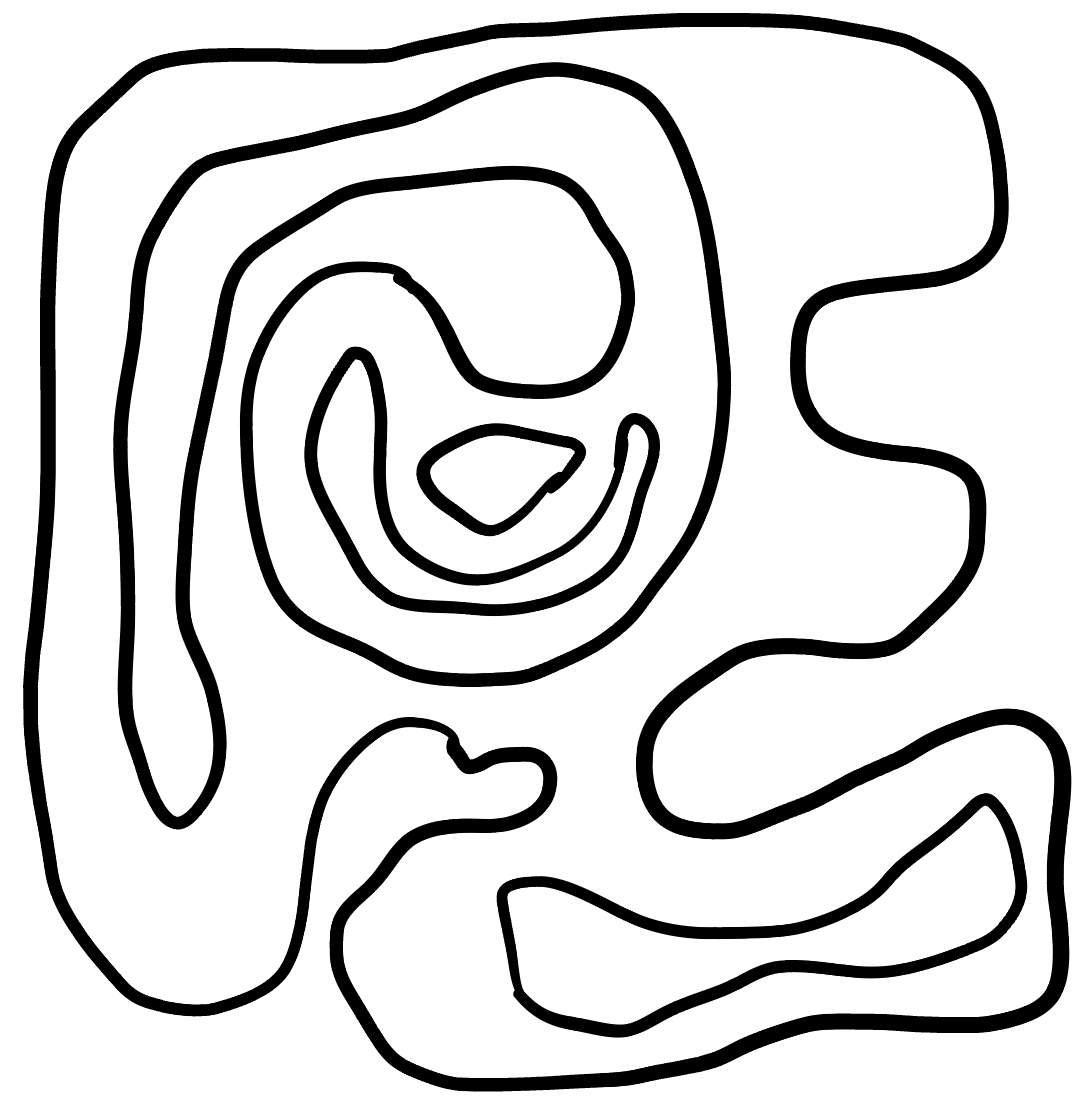
Number of regions (including the outer root region): 6
Containment tree edges (parent, child): 0, 1, 1, 2, 1, 3, 3, 4, 3, 5